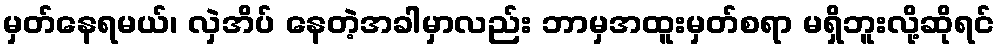
မှတ်နေရမယ်၊ လှဲအိပ် နေတဲ့အခါမှာလည်း ဘာမှအထူးမှတ်စရာ မရှိဘူးလို့ဆိုရင်